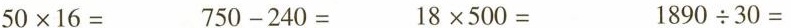
$$5 0 \times 1 6 =$$ $$7 5 0 - 2 4 0 =$$ $$1 8 \times 5 0 0 =$$ $$1 8 9 0 \div 3 0 =$$